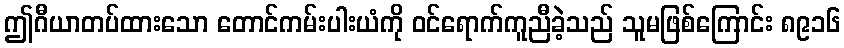
ဤဂီယာတပ်ထားသော တောင်ကမ်းပါးယံကို ဝင်ရောက်ကူညီခဲ့သည် သူမဖြစ်ကြောင်း ၈၉၁၆